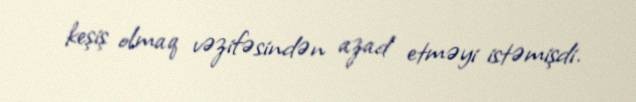
keşiş olmaq vəzifəsindən azad etməyi istəmişdi.